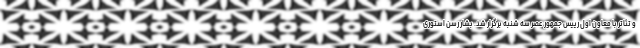
و تئاتر با معاون اول رییس جمهور عصر سه شنبه برگزار شد. بشار رسن استوری